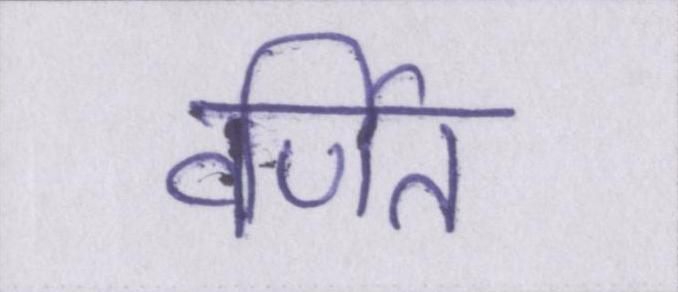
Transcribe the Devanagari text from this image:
वर्णित